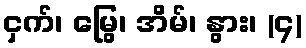
ငှက်၊ မြွေ၊ အိမ်၊ နွား၊ (၄)